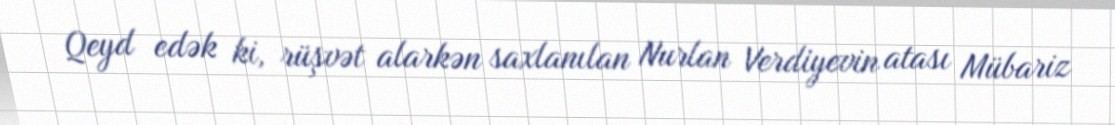
Qeyd edək ki, rüşvət alarkən saxlanılan Nurlan Verdiyevin atası Mübariz